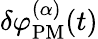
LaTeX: \delta\varphi_{\mathrm{PM}}^{(\alpha)}(t)